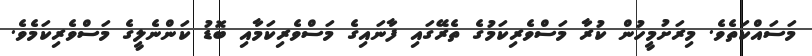
މަސައްކަތެވެ. މިރަށުމީހުން ކުރާ މަސްވެރިކަމުގެ ތެރޭގައި ފާނައިގެ މަސްވެރިކަމާއި ބޮޑު ކަންނެލީގެ މަސްވެރިކަމެވެ.